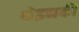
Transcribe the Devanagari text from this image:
थेइनकी